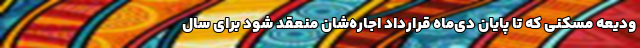
ودیعه مسکنی که تا پایان دی‌ماه قرارداد اجاره‌شان منعقد شود برای سال